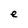
Character: e